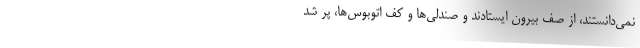
نمي‌دانستند، از صف بيرون ايستادند و صندلي‌ها و كف اتوبوس‌ها، پر شد